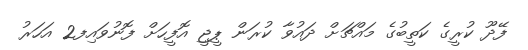
ފޭދޫ ކުރީގެ ކަތީބުގެ މައްޗަށް ދައުވާ ކުރަން ޕީޖީ އޮފީހަށް ފޮނުވައިފ2 އަހަރު